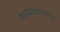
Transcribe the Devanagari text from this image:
वेगवेगळ्यास्तरावर